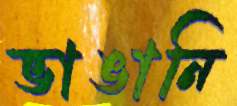
ভাঙানি